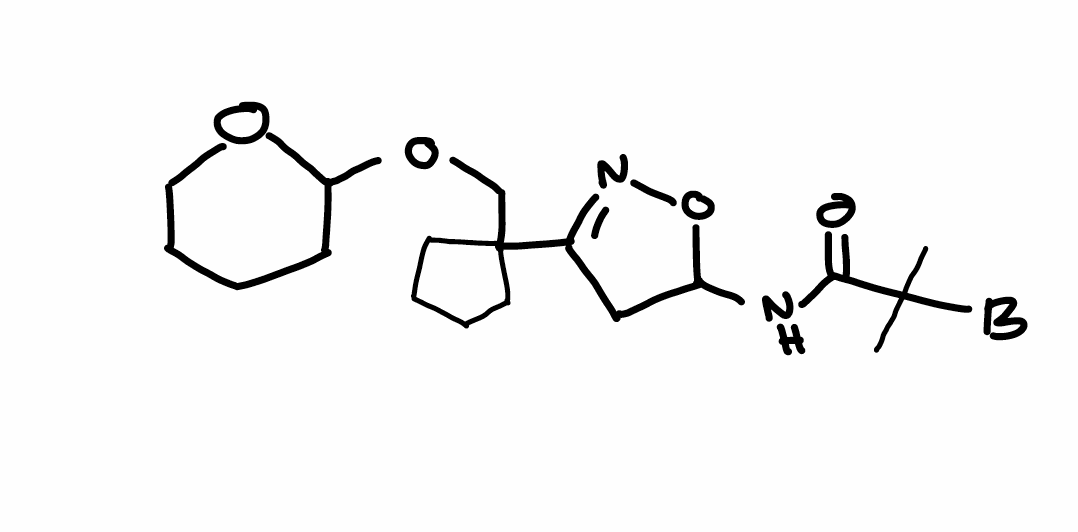
Simplified molecular-input line-entry system (SMILES) notation of the given molecule:
[B]C(C)(C)C(=O)NC1CC(=NO1)C2(CCCC2)COC3CCCCO3